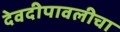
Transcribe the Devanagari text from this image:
देवदीपावलीचा